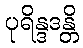
ပုရိန္ဒဒန္တိ